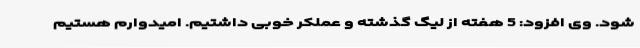
شود. وی افزود: 5 هفته از لیگ گذشته و عملکر خوبی داشتیم. امیدوارم هستیم